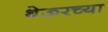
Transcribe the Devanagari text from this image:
थेऊरच्या